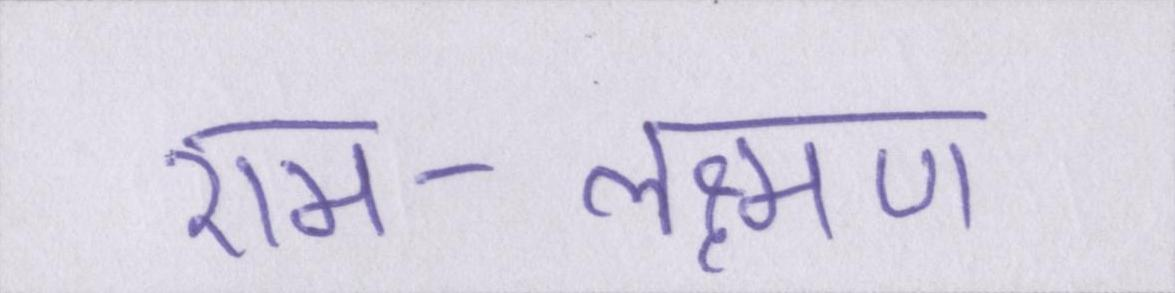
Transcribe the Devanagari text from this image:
राम-लक्ष्मण